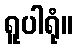
ရူပါရုံ။